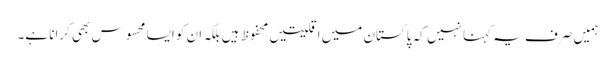
ہمیں صرف یہ کہنا نہیں کہ پاکستان میں اقلیتیں محفوظ ہیں بلکہ ان کو ایسا محسوس بھی کرانا ہے۔